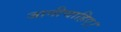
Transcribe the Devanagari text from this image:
जानीचाहिए।